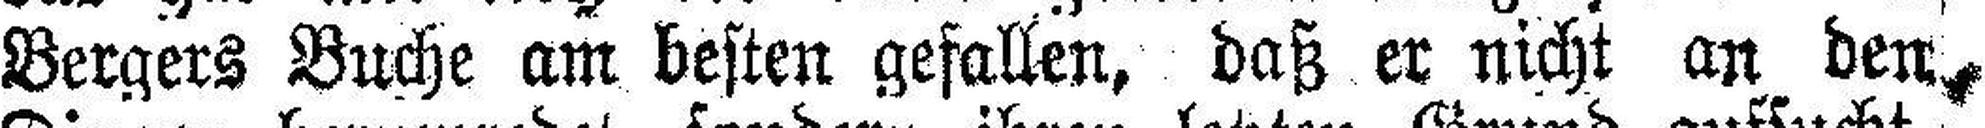
Bergers Buche am besten gefallen, daß er nicht an den